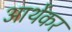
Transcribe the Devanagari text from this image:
आर्थेकर